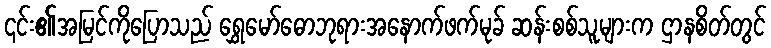
၎င်း၏အမြင်ကိုပြောသည် ရွှေမော်ဓောဘုရားအနောက်ဖက်မုခ် ဆန်းစစ်သူများက ဌာနစိတ်တွင်